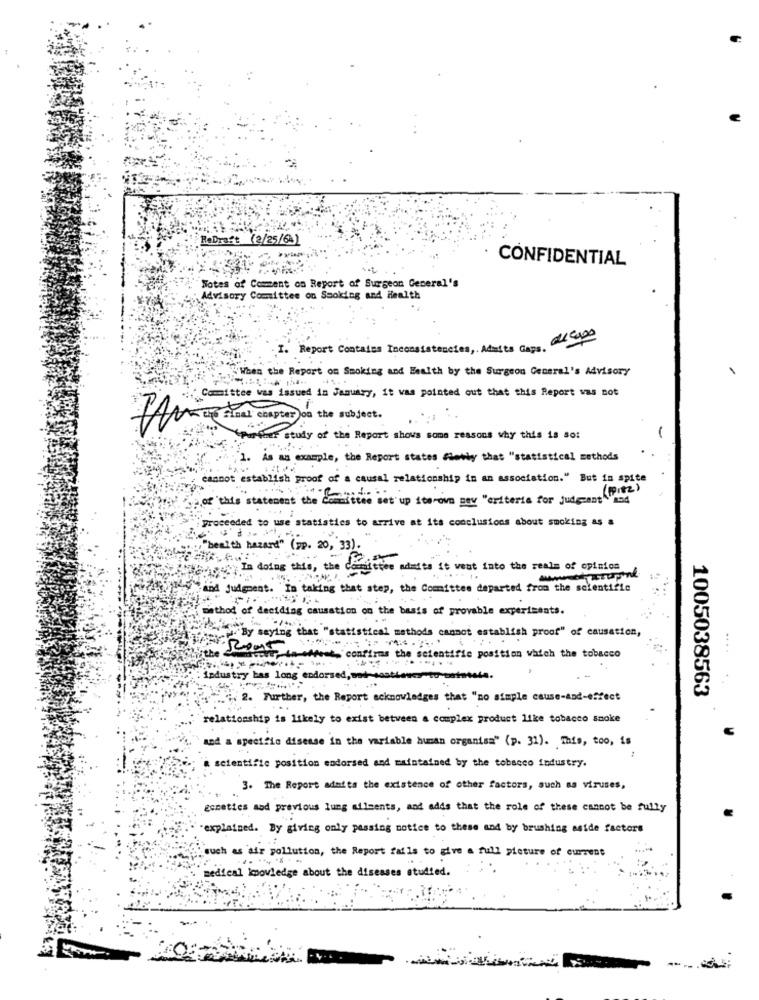
ReDraft (2/25/64)
CONFIDENTIAL
Notes of Comment on Report of Surgeon General's
Advisory Committee on Smoking and Health
1. Report Contains Inconsistencies, Admits Cons. 200
"When the Report om Smoking and Health by the Surgeon General's Advisory
Committee was issued in January, it was pointed out that this Report was not
Tutto Chapter of the subject.
urfaer study of the Report shows some reasons why this is so:
1. As an example, the Report states flewhy that "statistical methods
cannot establish proof of a causal relationship in an association." But in spite
of this statement the committee ist
Sites set up iterown pev "criteria for Judgment and
proceeded to use statistics to arrive at its conclusions about smoking as a
, " health hazard" ( Pp. 20, 33).
In doing this, the committee admits it went into the realm of opinion
hrand judgment. "In taking that step, the Comittee departed from the scientific
"method of deciding causation on the basis of provable experiments.
"By saying that "statistical methods cannot establish proof" of causation,
....
cover, in-wheat, confirms the scientific position which the tobacco
.industry bas long endorsed, wod-sostienes-to-saintste.
" 2. Further, the Report acknowledges that "no simple cause-and-effect
1005038563
relationship is likely to exist between a complex product like tobacco smoke
and a specific disesse in the variable human organisa" (p. 31). This, too, is
scientific position endorsed and maintained by the tobacco industry.
3. The Report adalta the existence of other factors, such as viruses,
genettes and previous lung ailments, and adds that the role of these cannot be fully
-explained. By giving only passing notice to these and by brushing aside factors
such as air pollution, the Report falls to give a full picture of current
........ .
medical Imoviedge about the diseases studied.